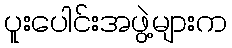
ပူးပေါင်းအဖွဲ့များက